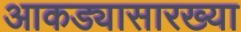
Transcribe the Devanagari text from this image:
आकड्यासारख्या